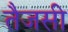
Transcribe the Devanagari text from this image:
तैजसी